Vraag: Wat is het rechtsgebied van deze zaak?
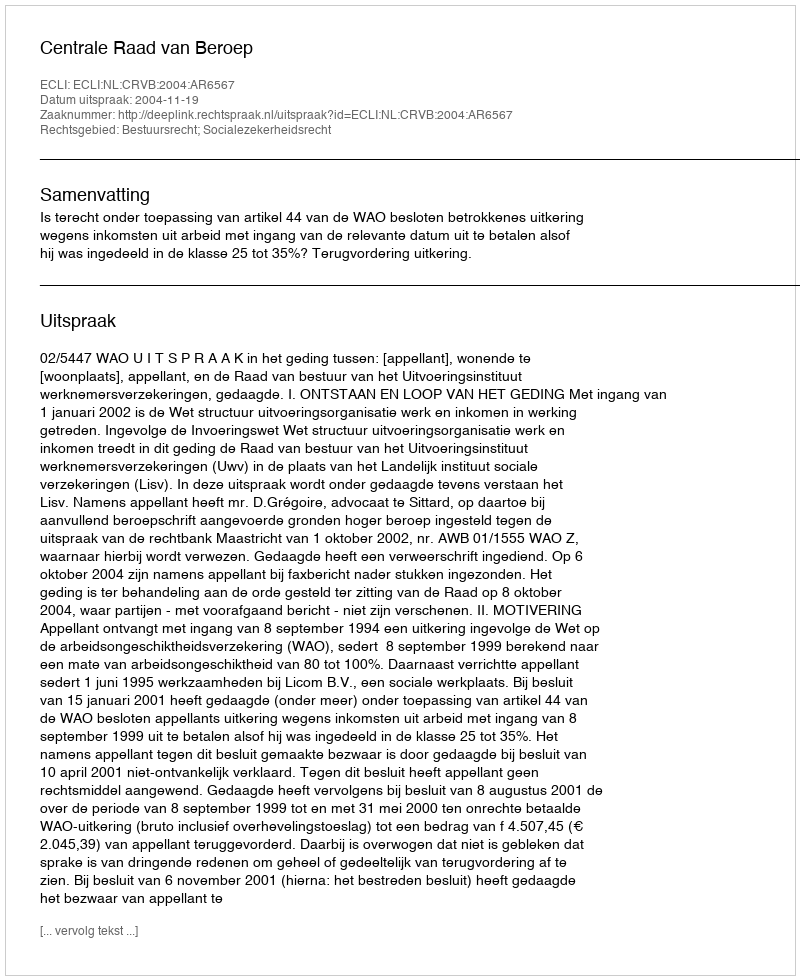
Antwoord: Bestuursrecht; Socialezekerheidsrecht